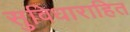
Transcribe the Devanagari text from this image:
सुविधाराहित